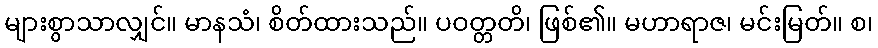
များစွာသာလျှင်။ မာနသံ၊ စိတ်ထားသည်။ ပဝတ္တတိ၊ ဖြစ်၏။ မဟာရာဇ၊ မင်းမြတ်။ စ၊